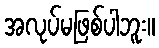
အလုပ်မဖြစ်ပါဘူး။